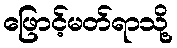
ဖြောင့်မတ်ရာသို့